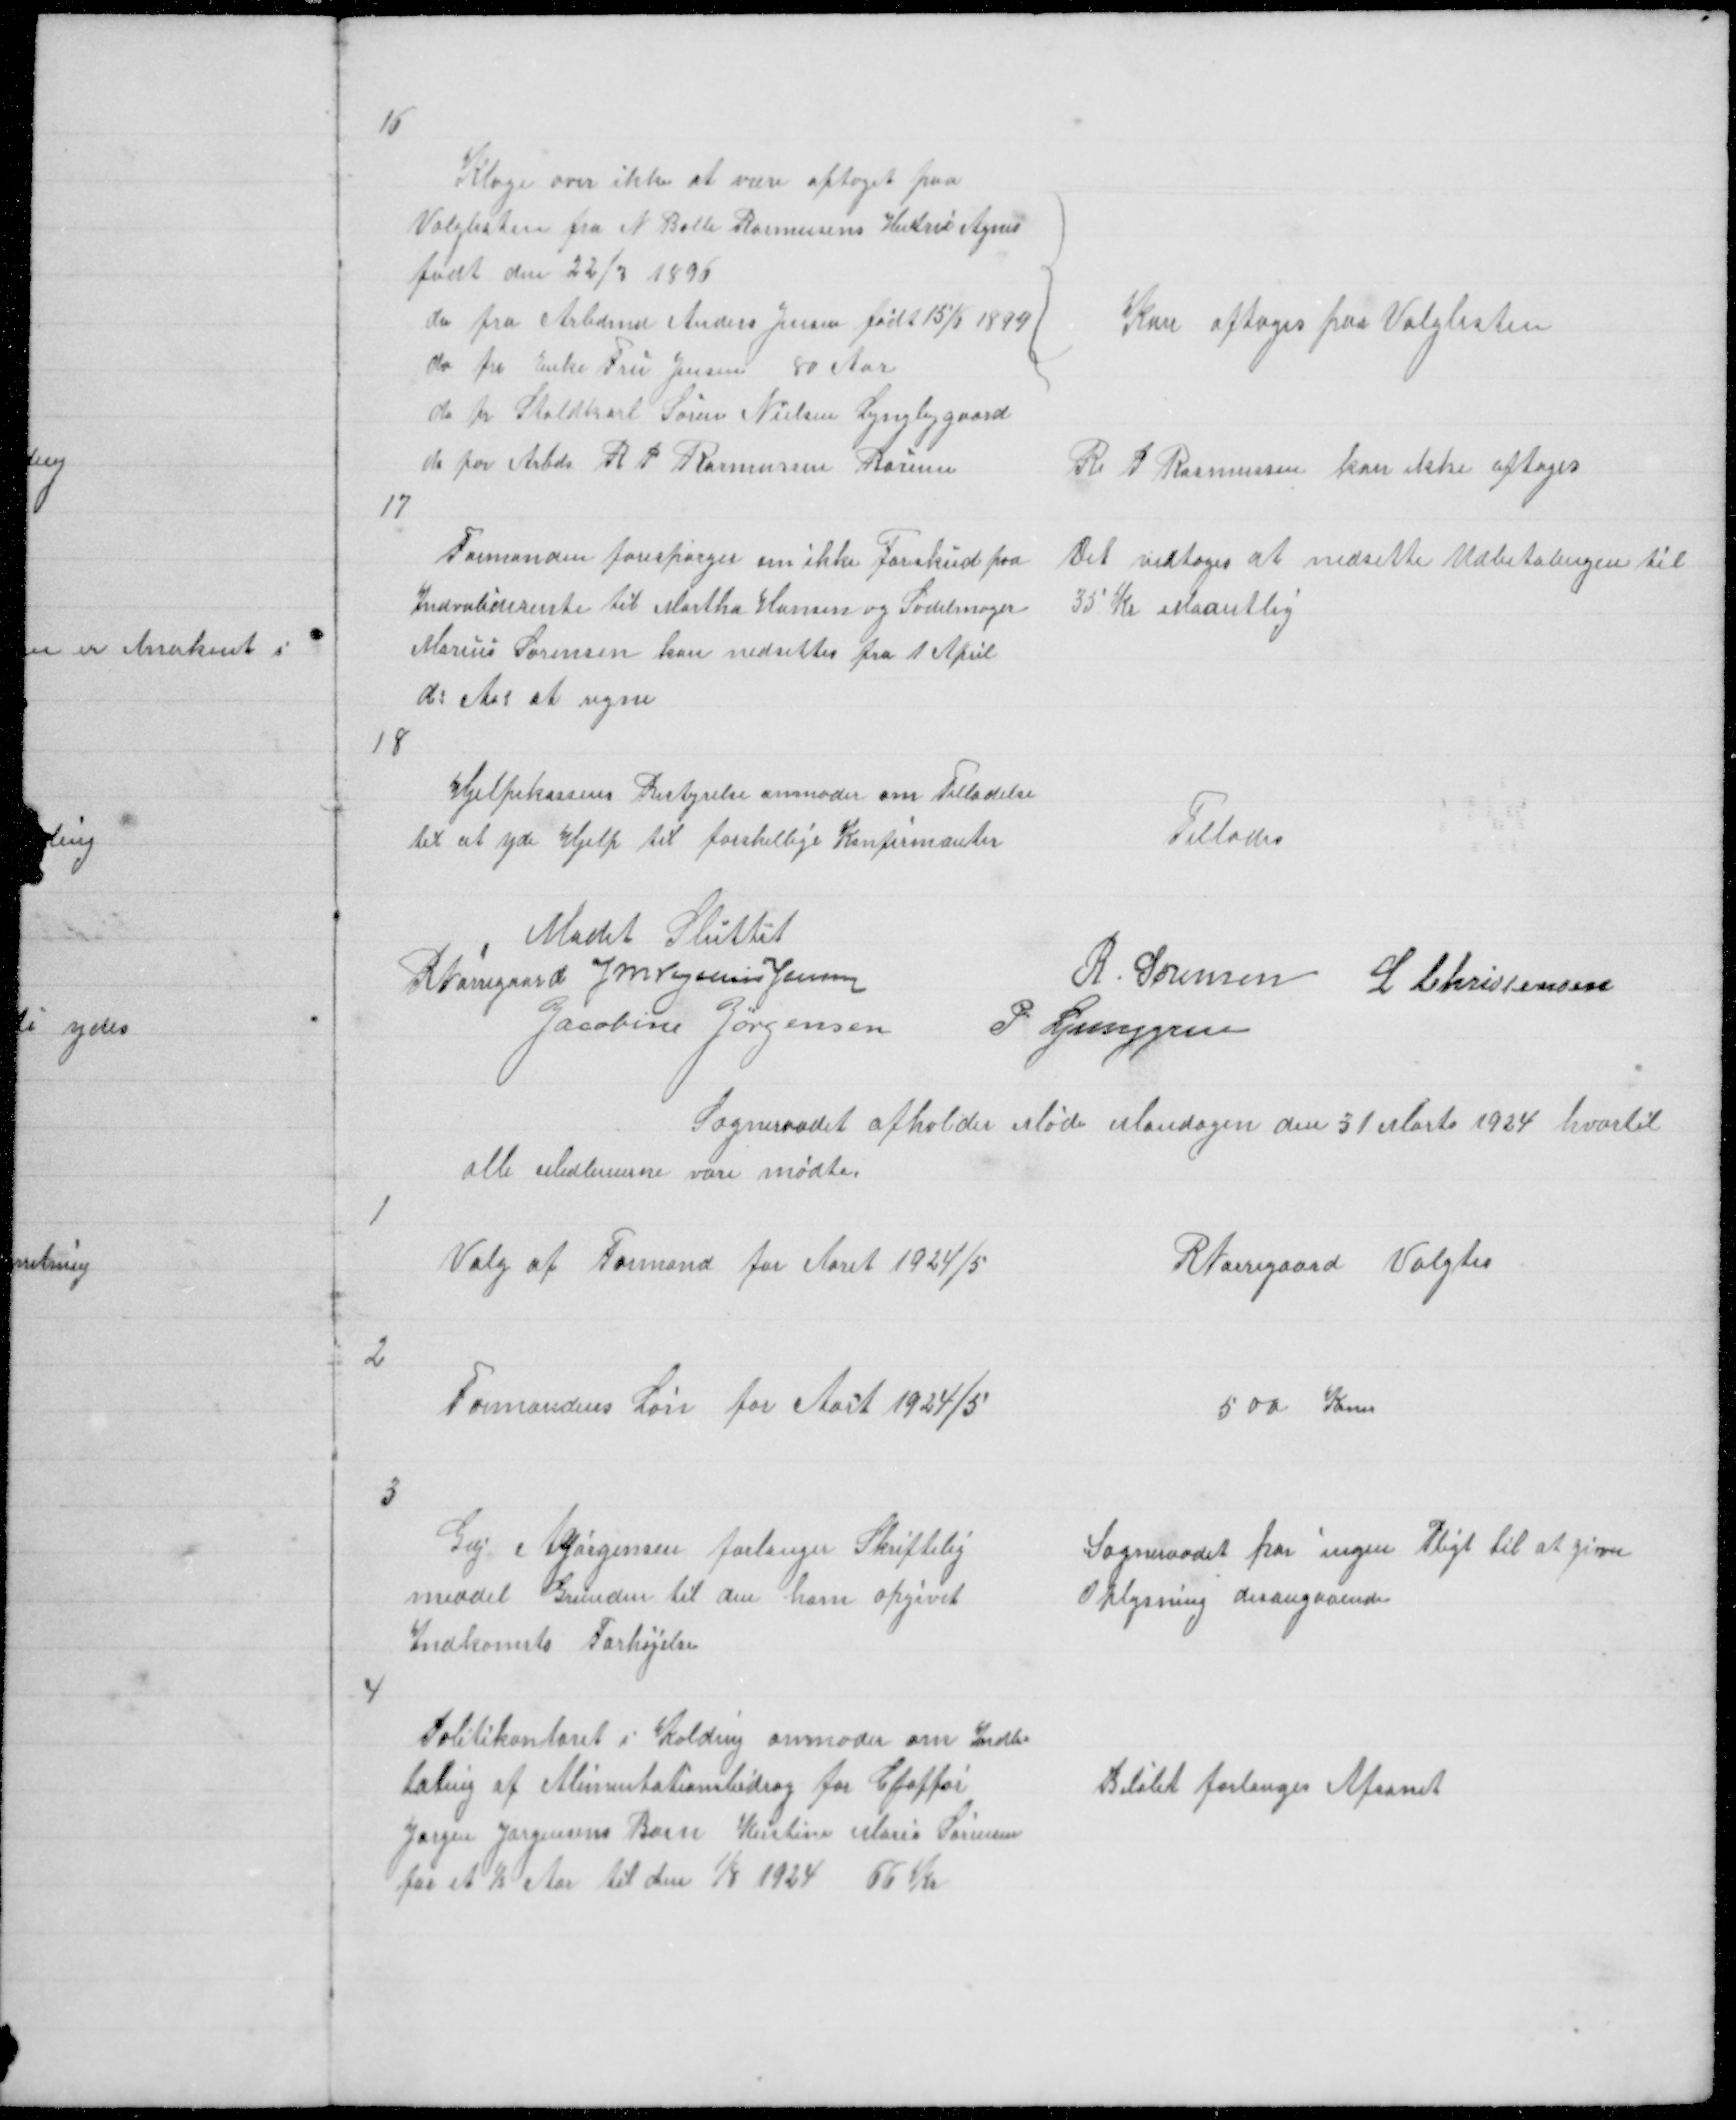
Transskription:
16

Klage over ikke at være optaget paa
Valglisten fra N Balle Rasmussens Hustru Agnes
født den 22/3 1896
do fra Arbdmd Anders Jensen født 15/6 1899
do fra Enke Fru Jensen 80 Aar
do fr Staldkarl Søren Nielsen Lyngbygaard
do for Arbds R P Rasmussen Borum

Kan optages paa Valglisten

R P Rasmussen kan ikke optages

17

Formanden forespørger om ikke Forskud paa
Indvaliderente til Martha Hansen og Sadelmager
Marius Sørensen kan nedsettes fra 1 April
d: Aar at regne

Det vedtoges at nedsette Udbetalingen til
35 Kr Maantlig

18

Hjelpekassens Bestyrelse anmoder om Tilladelse
til at yde Hjelp til forskellige Konfirmanter

Tillades

Mødet Sluttet
R Nørregaard J M Vogelius Jensen
R. Sørensen L Christensen
Jacobine Jørgensen
P. Ljunggren
Sogneraadet afholder Møde Mandagen den 31 Marts 1924 hvortil
alle Medlemerne vare mødte

1

Valg af Formand for Aaret 1924/5

R Nørregaard Valgtes

2

Formandens Løn for Aart 1924/5

500 Krner

3

Gdj A Jørgensen forlanger Skriftelig
meddel Grunden til den ham opgivet
Indkomsts Forhøjelse

Sogneraadet har ingen Pligt til at give
Oplysning desangaaende

4

Politikontoret i Kolding anmoder om Indbe=
taling af Alimentationsbidrag for Cjoffør
Jørgen Jørgensens Barn Kirstine Marie Sørensen
for et ½ Aar til den 1/8 1924 66 Kr

Beløbt forlanges Afsonet